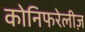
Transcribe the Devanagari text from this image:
कोनिफरेलीज़